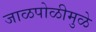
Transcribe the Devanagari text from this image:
जाळपोळीमुळे